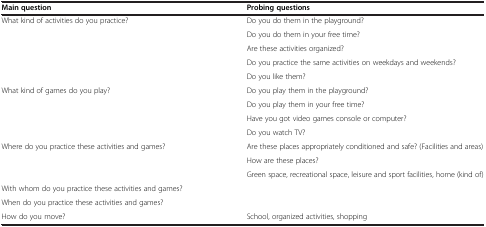
<table><thead><tr><td><b>Main question</b></td><td><b>Probing questions</b></td></tr></thead><tbody><tr><td rowspan="5">What kind of activities do you practice?</td><td>Do you do them in the playground?</td></tr><tr><td>Do you do them in your free time?</td></tr><tr><td>Are these activities organized?</td></tr><tr><td>Do you practice the same activities on weekdays and weekends?</td></tr><tr><td>Do you like them?</td></tr><tr><td rowspan="4">What kind of games do you play?</td><td>Do you play them in the playground?</td></tr><tr><td>Do you play them in your free time?</td></tr><tr><td>Have you got video games console or computer?</td></tr><tr><td>Do you watch TV?</td></tr><tr><td rowspan="3">Where do you practice these activities and games?</td><td>Are these places appropriately conditioned and safe? (Facilities and areas)</td></tr><tr><td>How are these places?</td></tr><tr><td>Green space, recreational space, leisure and sport facilities, home (kind of)</td></tr><tr><td>With whom do you practice these activities and games?</td><td> </td></tr><tr><td>When do you practice these activities and games?</td><td> </td></tr><tr><td>How do you move?</td><td>School, organized activities, shopping</td></tr></tbody></table>